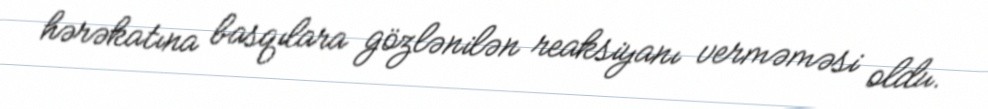
hərəkatına basqılara gözlənilən reaksiyanı verməməsi oldu.